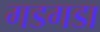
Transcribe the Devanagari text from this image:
गडगडा